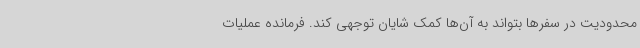
محدودیت در سفرها بتواند به آن‌ها کمک شایان توجهی کند. فرمانده عملیات